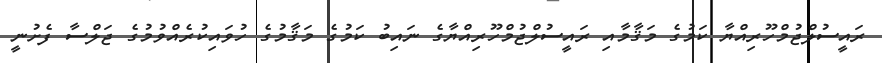
ރައީސުލްޖުމްހޫރިއްޔާ ކަމުގެ މަޤާމާއި ރައީސުލްޖުމްހޫރިއްޔާގެ ނައިބު ކަމުގެ މަޤާމުގެ ހުވައިކުރެއްވުމުގެ ޖަލްސާ ފެށުނީ